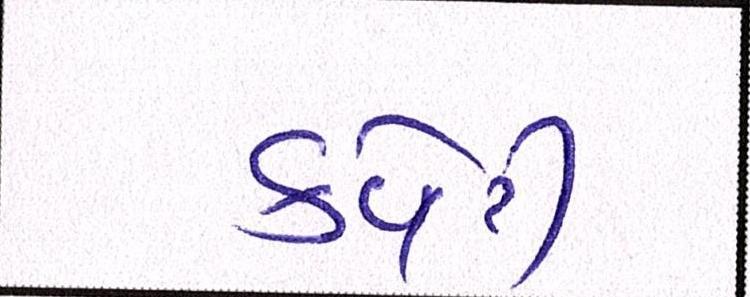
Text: કવેરી